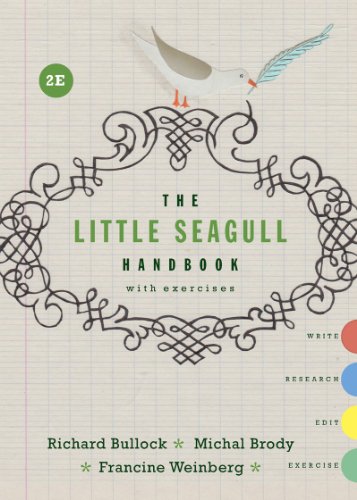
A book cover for The Little Seagull Handbook with Exercises (Second Edition); Richard Bullock; Reference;